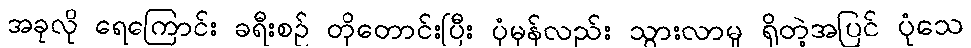
အခုလို ရေကြောင်း ခရီးစဉ် တိုတောင်းပြီး ပုံမှန်လည်း သွားလာမှု ရှိတဲ့အပြင် ပုံသေ